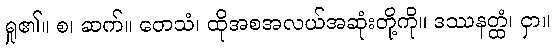
ရှု၏။ စ၊ ဆက်။ တေသံ၊ ထိုအစအလယ်အဆုံးတို့ကို။ ဒဿနတ္ထံ၊ ငှာ။